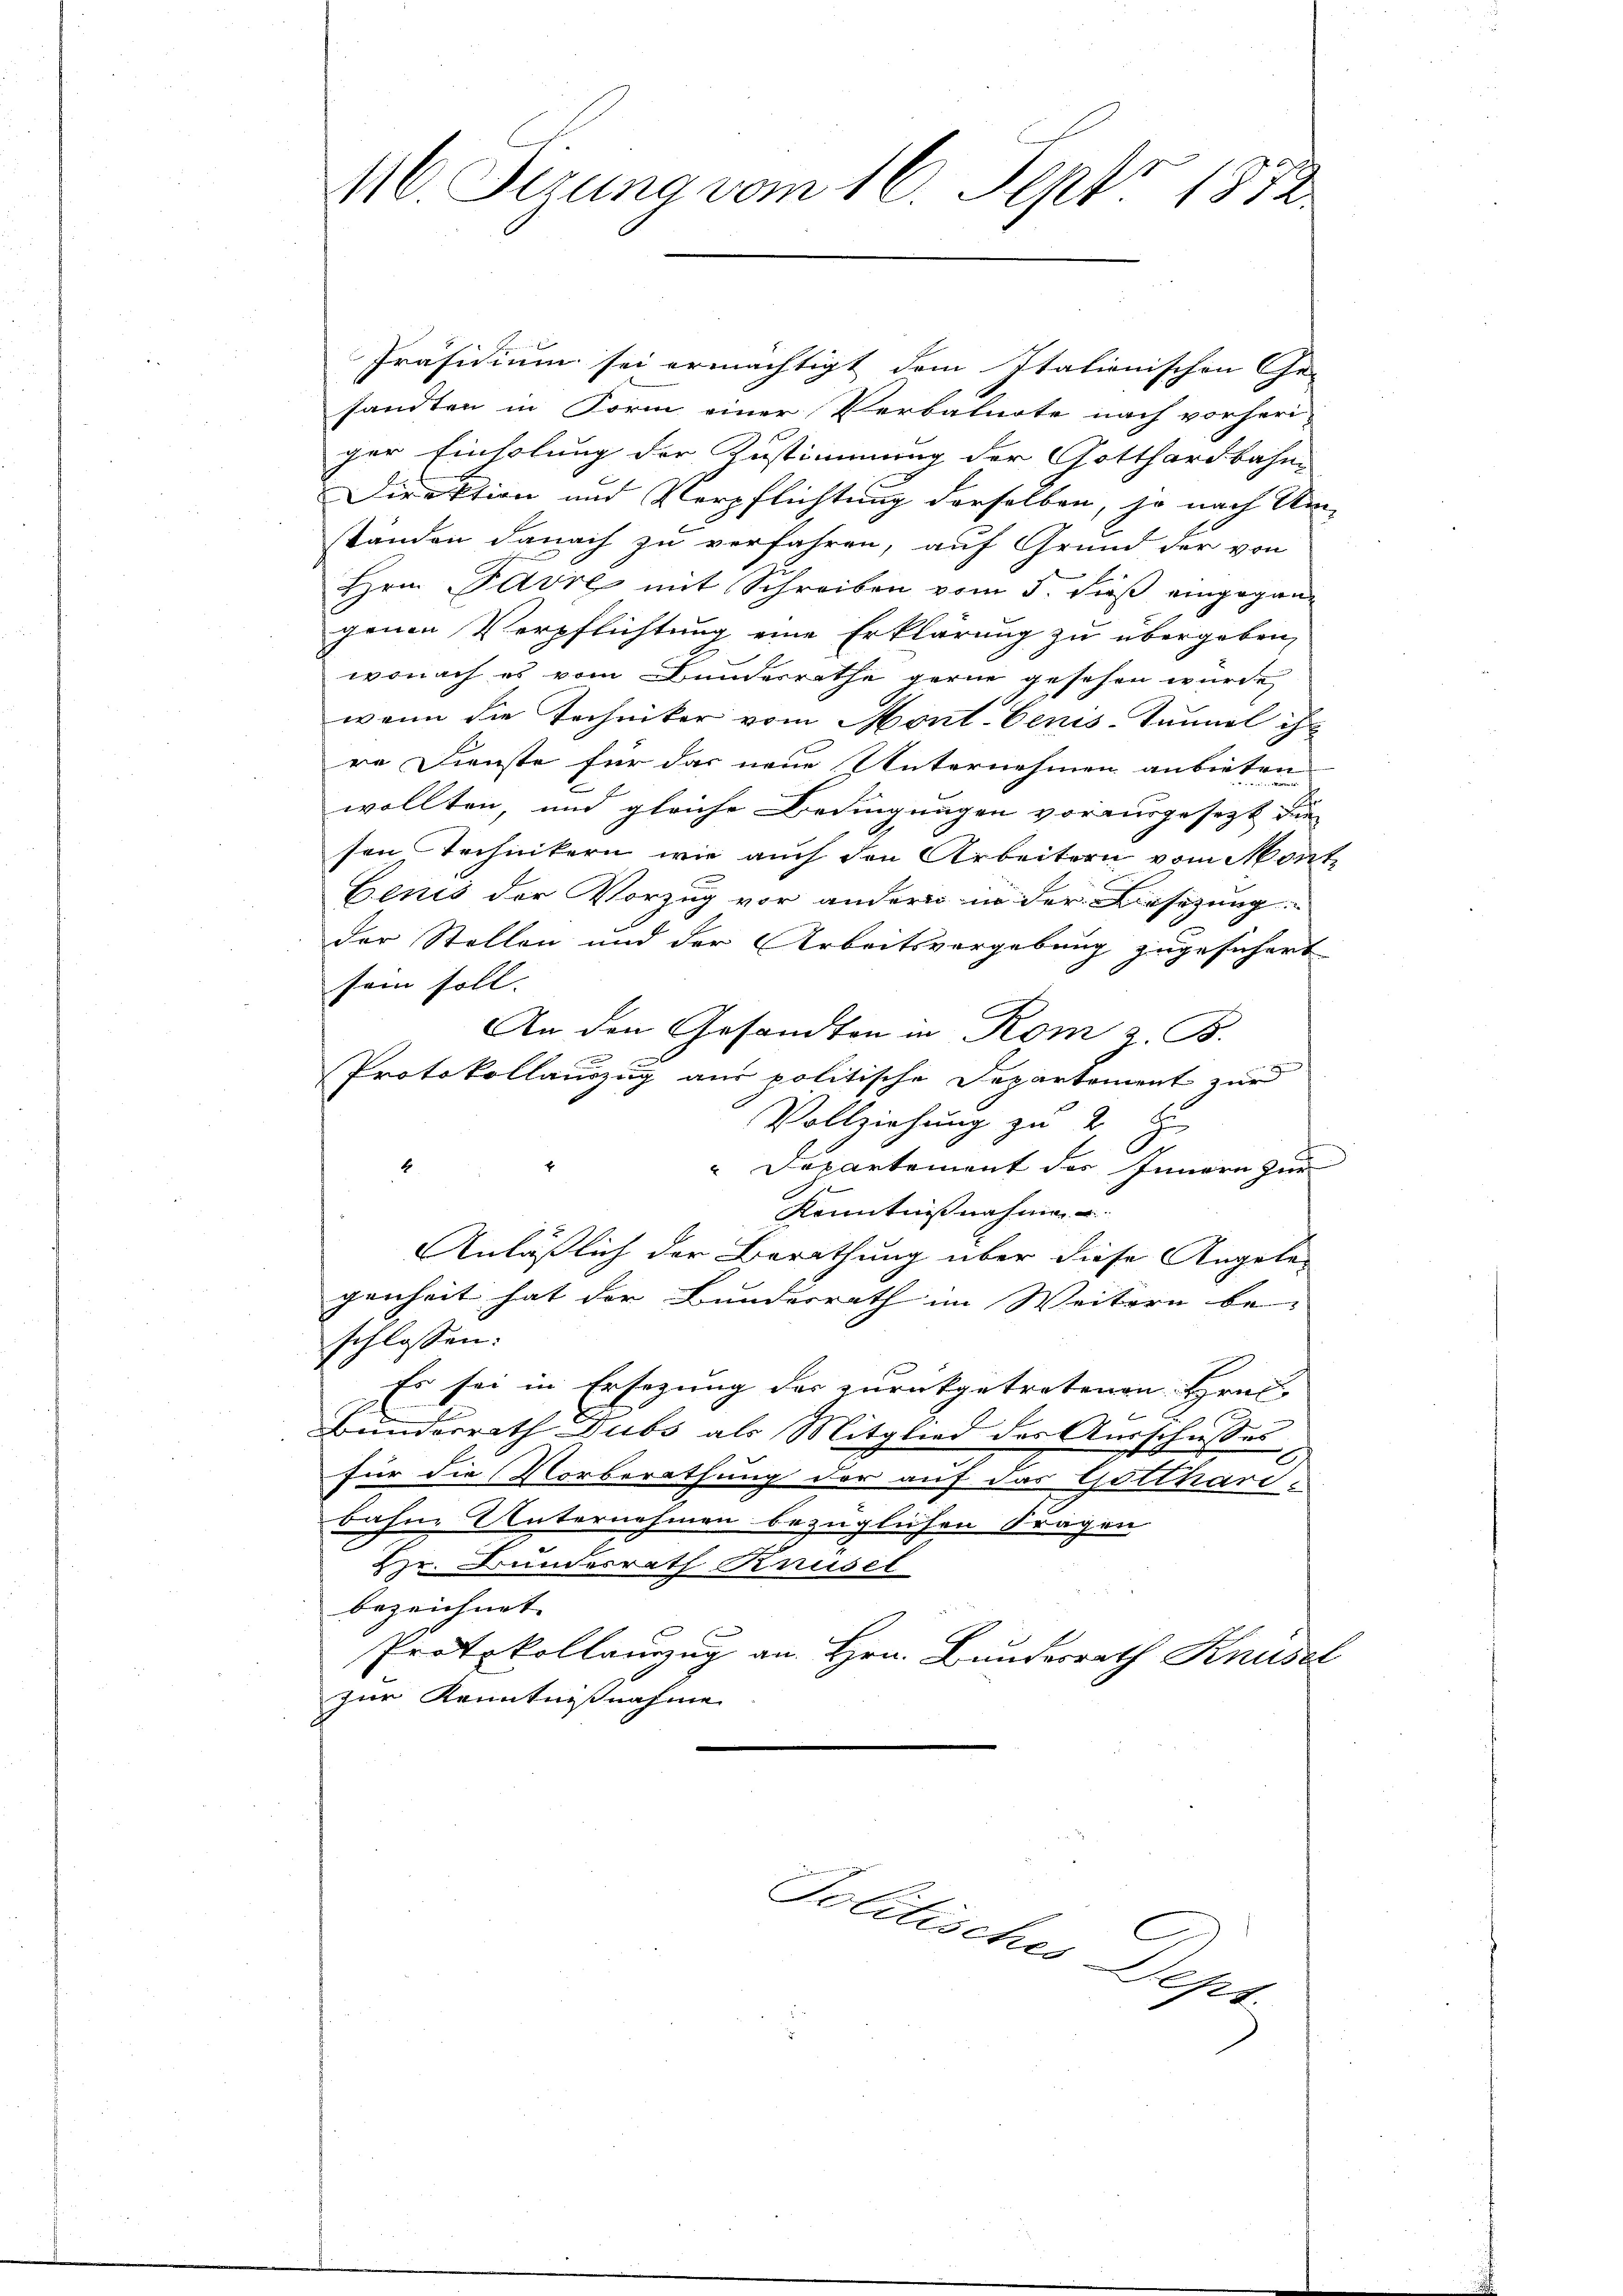
46 Sizung vom 16. Sept. 1872.

Präsidium sei ermächtigt dem Italienischen Ge-
sandten in Form einer Verbalnote nach vorheri-
ger Einholung der Zustimmung der Gotthardbahn-
Direktion und Verpflichtung derselben, so nach Um
ständen danach zu verfahren, auf Grund der von
Hrn. Favre mit Schreiben vom 5. dieß eingegangenen Verpflichtung eine Erklärung zu übergeben,
wonach es vom Bunderrathe gerne gesehen wurde
wann die Techniker vom Mont-Cenis-Tunnel ist
re Dienste für das neue Unternehmen anbieten
wollten, und gleiche Bedingungen vorausgesezt die
sen Archintern wie auch den Arbeitern vom Mont
Benis der Vorzug vor andern in der Besetzung
der Stellen und der Arbeitsvergebung zugesichert
sein soll. |
An den Gesandten in Rom & B.
Protokollauszug aus politische Departement zur
Vollziehung zu 2
2
"Departement des Innern zur
Kenntnißnahmen
Anläßlich der Berathung über diese Angele-
genheit hat der Bundesrath im Weitern be-
schlossen:
Es sei in Ersezung der zurückgetretenen Hrn.
e
Bunderrath Dubs als Mitglied des Ausschusses,
für die Vorberathung der auf das Gotthard-
bahne Unternehmen bezüglichen Fragen
Hr. Bunderrath Krusel
bezeichnet. |
Protokollauszug an Hrn. Bundesrath Knüsel
zur Kenntnißnahme

Kammenen der